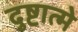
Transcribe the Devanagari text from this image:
दुष्टात्मे